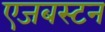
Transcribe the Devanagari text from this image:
एजबस्टन